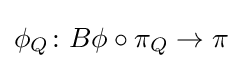
\phi _{Q}\colon B\phi \circ \pi _{Q}\to \pi